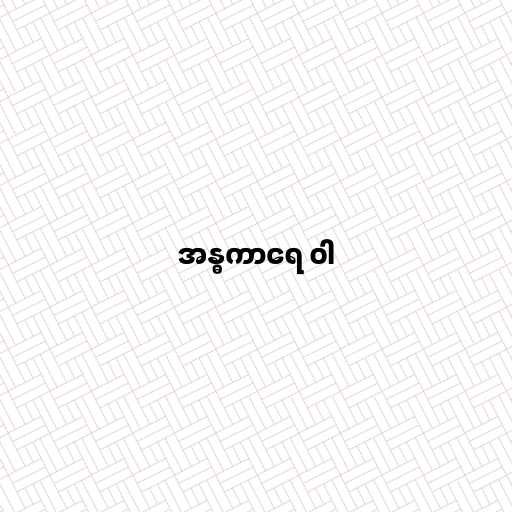
အန္ဓကာရေ ဝါ